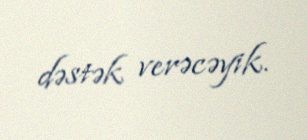
dəstək verəcəyik.